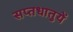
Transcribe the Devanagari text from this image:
सप्‍तधातुयें